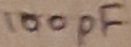
Text: 100pF